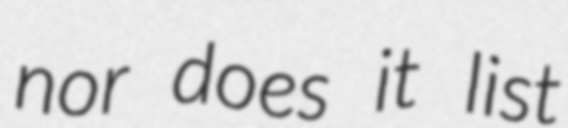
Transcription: nor does it list